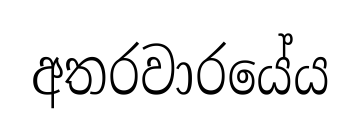
අතරවාරයේය